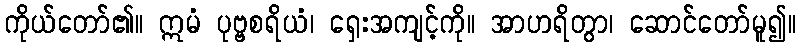
ကိုယ်တော်၏။ ဣမံ ပုဗ္ဗစရိယံ၊ ရှေးအကျင့်ကို။ အာဟရိတွာ၊ ဆောင်တော်မူ၍။